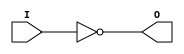
module INV (O, I);


`ifdef XIL_TIMING

  parameter LOC = "UNPLACED";

`endif

  output O;
  input I;

  not n1 (O, I);

`ifdef XIL_TIMING

  specify

	(I => O) = (0:0:0, 0:0:0);
	specparam PATHPULSE$ = 0;

  endspecify

`endif

endmodule